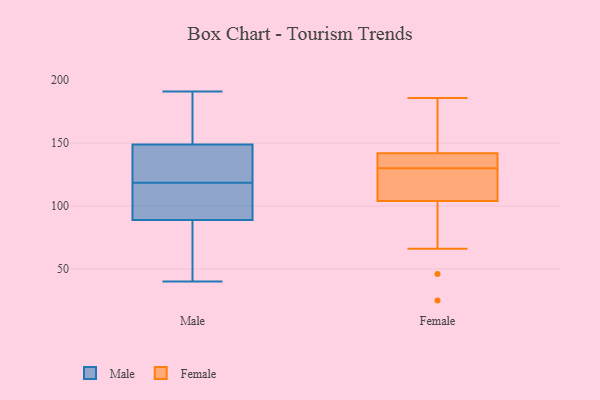
{"axis": {"x": "Net Income (USD K)", "y": "Value"}, "legend": ["Female", "Male"], "data": [{"x": "", "y": 174, "type": "Male"}, {"x": "", "y": 94, "type": "Male"}, {"x": "", "y": 140, "type": "Male"}, {"x": "", "y": 45, "type": "Male"}, {"x": "", "y": 150, "type": "Male"}, {"x": "", "y": 113, "type": "Male"}, {"x": "", "y": 149, "type": "Male"}, {"x": "", "y": 53, "type": "Male"}, {"x": "", "y": 142, "type": "Male"}, {"x": "", "y": 89, "type": "Male"}, {"x": "", "y": 40, "type": "Male"}, {"x": "", "y": 168, "type": "Male"}, {"x": "", "y": 119, "type": "Male"}, {"x": "", "y": 118, "type": "Male"}, {"x": "", "y": 90, "type": "Male"}, {"x": "", "y": 131, "type": "Male"}, {"x": "", "y": 191, "type": "Male"}, {"x": "", "y": 41, "type": "Male"}, {"x": "", "y": 113, "type": "Female"}, {"x": "", "y": 136, "type": "Female"}, {"x": "", "y": 104, "type": "Female"}, {"x": "", "y": 66, "type": "Female"}, {"x": "", "y": 136, "type": "Female"}, {"x": "", "y": 121, "type": "Female"}, {"x": "", "y": 137, "type": "Female"}, {"x": "", "y": 116, "type": "Female"}, {"x": "", "y": 124, "type": "Female"}, {"x": "", "y": 137, "type": "Female"}, {"x": "", "y": 46, "type": "Female"}, {"x": "", "y": 103, "type": "Female"}, {"x": "", "y": 166, "type": "Female"}, {"x": "", "y": 157, "type": "Female"}, {"x": "", "y": 142, "type": "Female"}, {"x": "", "y": 186, "type": "Female"}, {"x": "", "y": 25, "type": "Female"}, {"x": "", "y": 185, "type": "Female"}]}